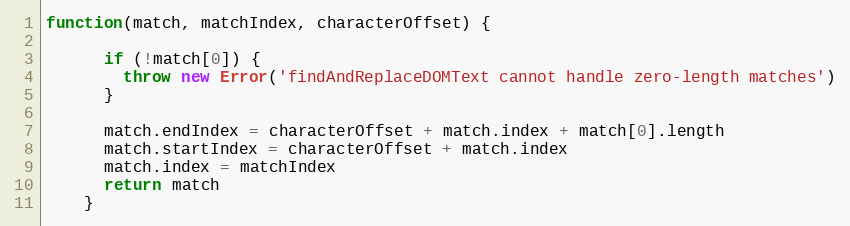
Language: JavaScript
function(match, matchIndex, characterOffset) {

      if (!match[0]) {
        throw new Error('findAndReplaceDOMText cannot handle zero-length matches')
      }

      match.endIndex = characterOffset + match.index + match[0].length
      match.startIndex = characterOffset + match.index
      match.index = matchIndex
      return match
    }